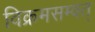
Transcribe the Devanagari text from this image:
विक्रमसम्वत्